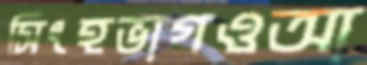
সিংহভাগওআ